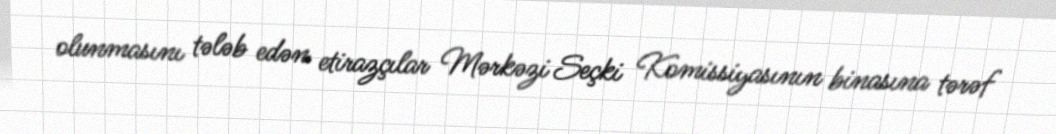
olunmasını tələb edən etirazçılar Mərkəzi Seçki Komissiyasının binasına tərəf